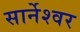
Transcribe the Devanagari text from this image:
सार्नेश्वर